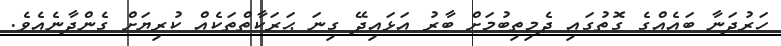
ހަރުދަނާ ބައެއްގެ ގޮތުގައި ދެމިތިބުމަށް ބާރު އަޅައިދޭ ގިނަ ޙަރަކާތްތަކެއް ކުރިޔަށް ގެންދާނެއެވެ.